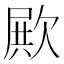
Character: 𣣣